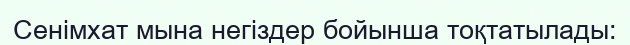
Сенімхат мына негіздер бойынша тоқтатылады: